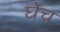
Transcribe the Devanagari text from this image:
घेंच